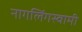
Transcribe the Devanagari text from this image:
नागलिंगस्वामी